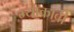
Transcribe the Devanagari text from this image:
म्याकाबी